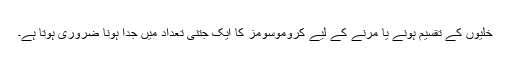
خلیوں کے تقسیم ہونے یا مرنے کے لیے کروموسومز کا ایک جتنی تعداد میں جدا ہونا ضروری ہوتا ہے۔